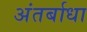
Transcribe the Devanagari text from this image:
अंतर्बाधा